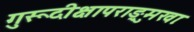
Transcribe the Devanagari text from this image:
गुरूदीक्षापराङ्मुखाः